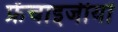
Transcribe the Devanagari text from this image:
फ्रेंचाइजीयों